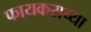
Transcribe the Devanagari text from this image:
फायकसच्या